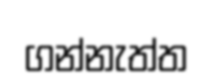
ගන්නැත්ත